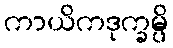
ကာယိကဒုက္ခမ္ပိ